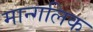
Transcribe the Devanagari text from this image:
मान्गलिक